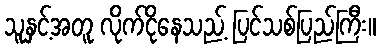
သူနှင့်အတူ လိုက်ငိုနေသည့် ပြင်သစ်ပြည်ကြီး။